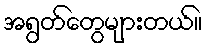
အရွတ်တွေများတယ်။